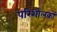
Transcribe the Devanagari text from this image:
परिशोलकों